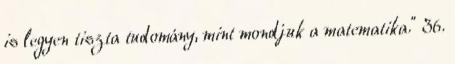
is legyen tiszta tudomány, mint mondjuk a matematika.” 36.